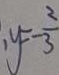
y = - \frac { 2 } { 3 }